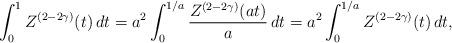
LaTeX: \begin{align*} \int_0^1 Z^{(2-2\gamma)}(t)\, dt = a^2 \int_0^{1/a} \frac{Z^{(2-2\gamma)}(at)}{a} \, dt \overset{}{=} a^2 \int_0^{1/a} Z^{(2-2\gamma)}(t) \, dt, \end{align*}